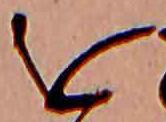
を